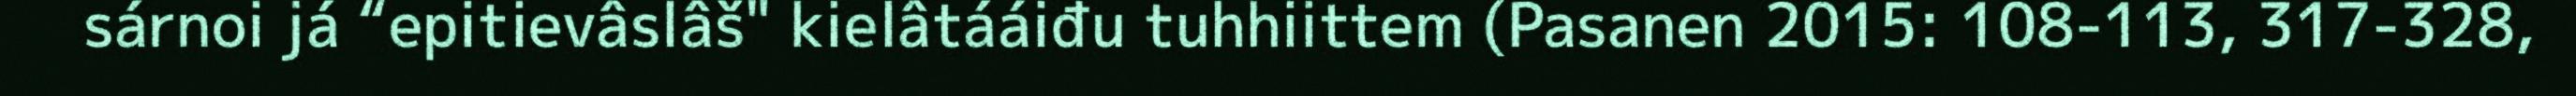
sárnoi já “epitievâslâš" kielâtááiđu tuhhiittem (Pasanen 2015: 108-113, 317-328,